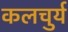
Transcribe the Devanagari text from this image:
कलचुर्य